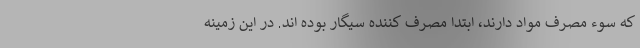
که سوء مصرف مواد دارند، ابتدا مصرف کننده سیگار بوده ‌اند. در این زمینه